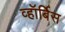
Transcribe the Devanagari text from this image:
व्हॉर्बिस